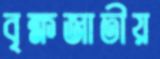
বৃক্ষজাতীয়